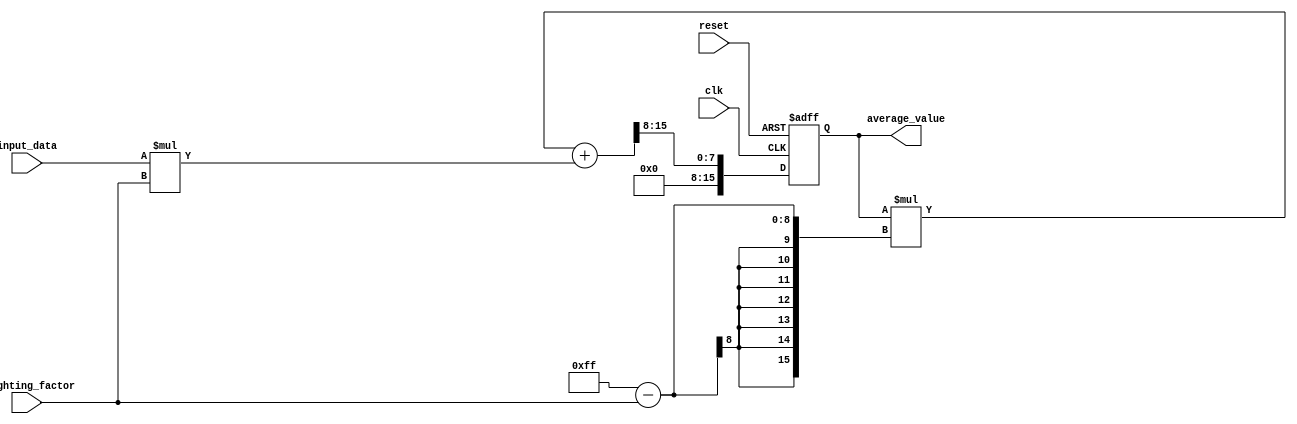
module EMA_accumulator (
    input clk,
    input reset,
    input [7:0] input_data,
    input [7:0] weighting_factor,
    output reg [15:0] average_value
);

always @(posedge clk or posedge reset) begin
    if (reset) begin
        average_value <= 16'd0;
    end else begin
        average_value <= ((average_value * (16'd255 - weighting_factor)) + (input_data * weighting_factor)) >> 8;
    end
end

endmodule